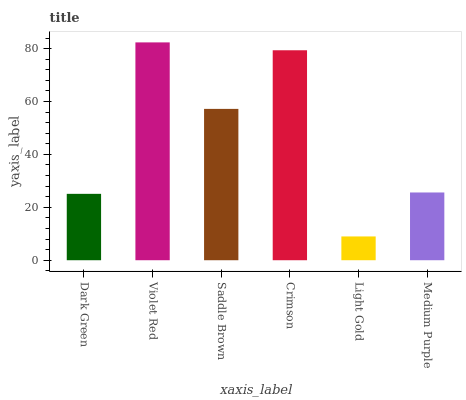
| xaxis_label | bars |
 | --- | --- |
 | Dark Green | 25.1 |
 | Violet Red | 82.3 |
 | Saddle Brown | 57.2 |
 | Crimson | 79.4 |
 | Light Gold | 8.99 |
 | Medium Purple | 25.6 |